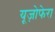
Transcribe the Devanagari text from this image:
यूज़ोफेरा